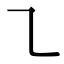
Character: ㇍